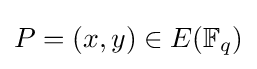
P=(x,y)\in E(\mathbb {F} _{q})